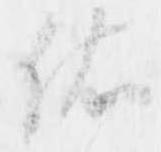
依